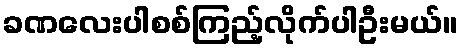
ခဏလေးပါစစ်ကြည့်လိုက်ပါဦးမယ်။